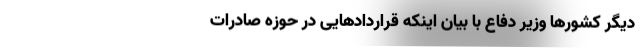
دیگر کشور‌ها وزیر دفاع با بیان اینکه قرارداد‌هایی در حوزه صادرات